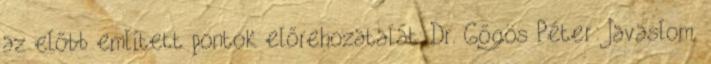
az előbb említett pontok előrehozatalát. Dr. Gőgös Péter: Javaslom,